Vaccine operations Central Provinces 1900-1911 - 1900-1911
Year: 1900
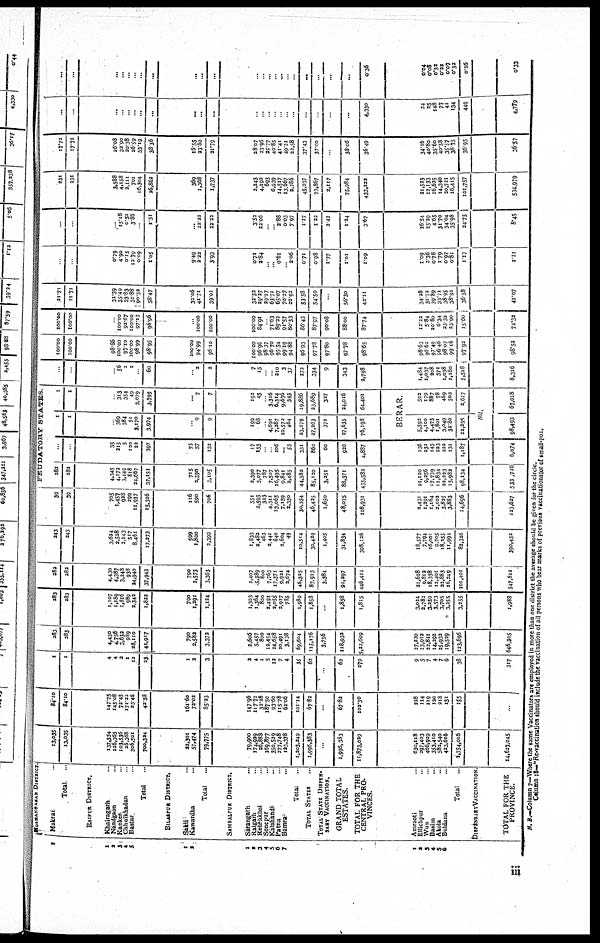
1
1
2
3
4
5
1
2
1
2
3
4
5
6
7
1
2
3
4
5
6
HOSHANGABAD DISTRICT
Makrai ...
Total ...
RAIPUR DISTRICT.
Khairagarh ...
Nandgaon ...
Kanker ...
Chhuikhadan ...
Bastar ...
Total ...
BILASPUR DISTRICT.
Sakti ...
Kawardha ...
Total ...
SAMBALPUR DISTRICT.
Sarangarh ...
Raigarh ...
Rehrakhol ...
Sonepur ...
Kalahandi ...
Patna ...
Bamra ...
Total ...
TOTAL STATES ...
TOTAL STATE DISPEN-
---- VACCINATION.
GRAND TOTAL
ESTATES.
TOTAL FOR THE
CENTRAL PRO-
VINCES.
Amraoti ...
Ellichpur 630,118
Wun 630,118
Basim 630,118
Akola 630,118
Buldana
Total
...
DISPENSARI VACCINATION.
TOTAL FOR THE
PROVINCE.
13,035
13,035
137,554
126,365
103,536
26,368
306,501
700,324
22,301
57,474
79,775
79,900
174,919
26,888
169,877
350,529
277,748
123,378
1,203,249
1,996,383
...
1,996,383
11,873,029
630,118
297,403
466,929
353,410
582,540
423,616
2,754,016
14,627,045
84.10
84.10
147.75
145.08
72.45
171.22
33.46
42.58
161.60
73.02
85.23
147.96
117.72
32.28
187.50
93.60
115.78
62.06
101.14
67.82
...
67.82
102.30
228
114
119
120
218
151
155
...
1
1
4
4
3
1
12
23
1
2
3
2
4
1
5
12
7
4
35
62
...
62
279
9
5
7
4
7
6
38
317
283
283
4,430
4,756
3,632
989
38,110
41,917
790
2,582
3,372
2,606
5,457
800
12,454
24,658
20,491
3,138
69,604
115,176
3,756
118,932
5,22,609
27,230
113,912
22,811
14,292
25,932
19,529
123,696
646,305
283
283
1,107
1,189
1,816
989
2,342
1,822
790
1,291
1,124
1,303
1,364
800
2,491
2,055
2,927
735
1,989
1,858
...
1,858
1,815
3,024
2,782
3,259
3,573
3,705
3,255
3,255
1,988
282
282
4,430
4,387
3,248
938
24,940
37,943
790
2,573
3,363
2,407
5,389
800
7,763
17,371
9,921
2,674
46,325
87,913
3,384
91,297
446,411
21,628
9,812
18,338
12,491
32,883
16,249
101,401
547,812
243
243
3,624
2,528
2,143
517 8,461
17,273
599
1,800
2,399
1,835
2,482 463
2,441
640
2,604 49
10,514
30,429
1,405
31,834
308,126
18,577
7,794
16,001
9,705
18,255
11,994
82,326
390,452
39
39
705
1,457
928
299
11,937
15,326
116
590
706
551
2,595
323
4,311
13,065
7,159 2,350
30,354
46,425
l,650
48,075
108,931
2,431
1,291
1,164
2,102
3,825
3,883
14,696
123,627
FEUDATORY
STATES
282
282
4,345
4,172
3,149
818
24,667
37,151
715
2,390
3,105
2,390
5,077
787
7,507
16,495
9,841 2,485
44,582
85,120
3,251
88,371
435,582
21,100
9,256
17,739
11,834
32,223
15,982
98,134
533,716
...
...
35
215
5
120
22
397
75
57
132
17
153
...
... 106
... 55
331
860
60
920
4,837
236
232
143
223
222
131
1,187
6,074
1
1
...
369
384
51
3,170
3,974
...
0
9
199
68
... 4,691
7,287
10,570
464
23,279
27,263
372
27,635
76,198
1
1
...
313
354
49 3,079
3,795
...
7
7
192
45
... 3,316
6,314
9,670
343
19,886
23,689
327
34,016
64,401
BERAR.
5,592
4,100
4,473 1,801
3,049
32.80
22,295
503
179
887
78
469
502
3,617
Nil.
98,493
67,018
...
...
...
56
3
2
...
60
...
3
3
7
15
...
... 210
3
37
272
334
9
343
2,798
1,484
1,037
208
571
1,038
1,180
5,518
8,316
100.00
100.00
98.86
100.00
97.10
100.00 98.99
98.95
100.00
94.99
96.10
100.00
96.96
98.37
96.70
95.54
99.19 94.88
96.93
97.78
97.80
97.78
98.65
98.63
96.62
97.49
96.46
98.07
99.16
97.92
98.53
100.00
100.00
...
100.00
93.67
100.00
97.13
96.96
...
100.00
100.00
100.00
84.91
... 71.63
89.32
91.57
80.33
86.43
87.97
90.08
88.00
87.74
12.23
5.84
20.80
6.34
33.32
23.90
15.60
74.32
21.71
21.71
31.59
35.49
33.83
32.88
90.52
58.47
33.06
41.71
39.01
32.32
29.27
29.27
63.71
65.07
70.27
22.92
53.58
54.50
...
56.30
42.11
34.28
31.72
39.89
33.71
38.95
38.91
36.58
41.07
...
...
0.79
4.90
0.15
12.79 0.09
1.05
9.49
2.22
3.93
0.71
2.84
...
... 0.61
... 2.06
0.71
0.98
1.77
1.01
1.09
1.09
3.36
0.78
1.79
0.97
0.81
1.17
1.11
...
...
...
15.18
0.52
3.86
1.51
...
22.22
22.22
3.52
22.06
...
... 2.88
0.03 7.97
1.17
1.23
2.42
1.24
3.67
25.29
4.65
31.70
34.04
35.98
24.75
8.45
231
231
3,588
4,158
2,111
701 16,304
26,862
369
1,368
1,737
2,243
4,192 693
6,939
11,517
13,667 2,786
45,037
73,867
2,117
75,984
433,222
26.54
13,133
16,635
14,340 30,721
16,415
101,757
534,979
17.72
17.72
26.08
32.90
20.38
26.59 53.19
38.36
16.55
23.80
21.79
28.07
23.96
25.77
40.85
41.41
49.31 23,58
37.43
37.00
...
38.06
36.49
21,523
40.80
35.60
40.58
35.57
38.75
36.95
36.57
...
...
...
...
...
... ...
...
...
...
...
...
...
...
... ...
... ...
...
...
...
...
4,330
34.16
25
148
77
41
134
449
4,779
...
...
...
...
...
... ...
...
...
...
...
...
... ...
...
...
... ...
...
...
...
...
0.36
24
0.08
0.32
0.22
0.07
0.32
0.16
0.33
N.B.—Column 7—Where the same Vaccinators are employed in more than one district the average should be given for the circle.
Column 18—"Re-vaccination should include the vaccination of all persons who bear marks of previous vaccinationstor of small-pox.
iii